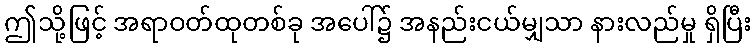
ဤသို့ဖြင့် အရာဝတ်ထုတစ်ခု အပေါ်၌ အနည်းငယ်မျှသာ နားလည်မှု ရှိပြီး